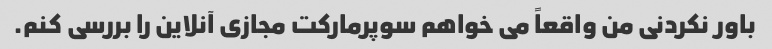
باور نکردنی من واقعاً می خواهم سوپرمارکت مجازی آنلاین را بررسی کنم.